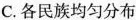
C.各民族均匀分布